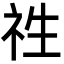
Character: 𮁢